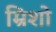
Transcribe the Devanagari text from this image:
म्रिशो